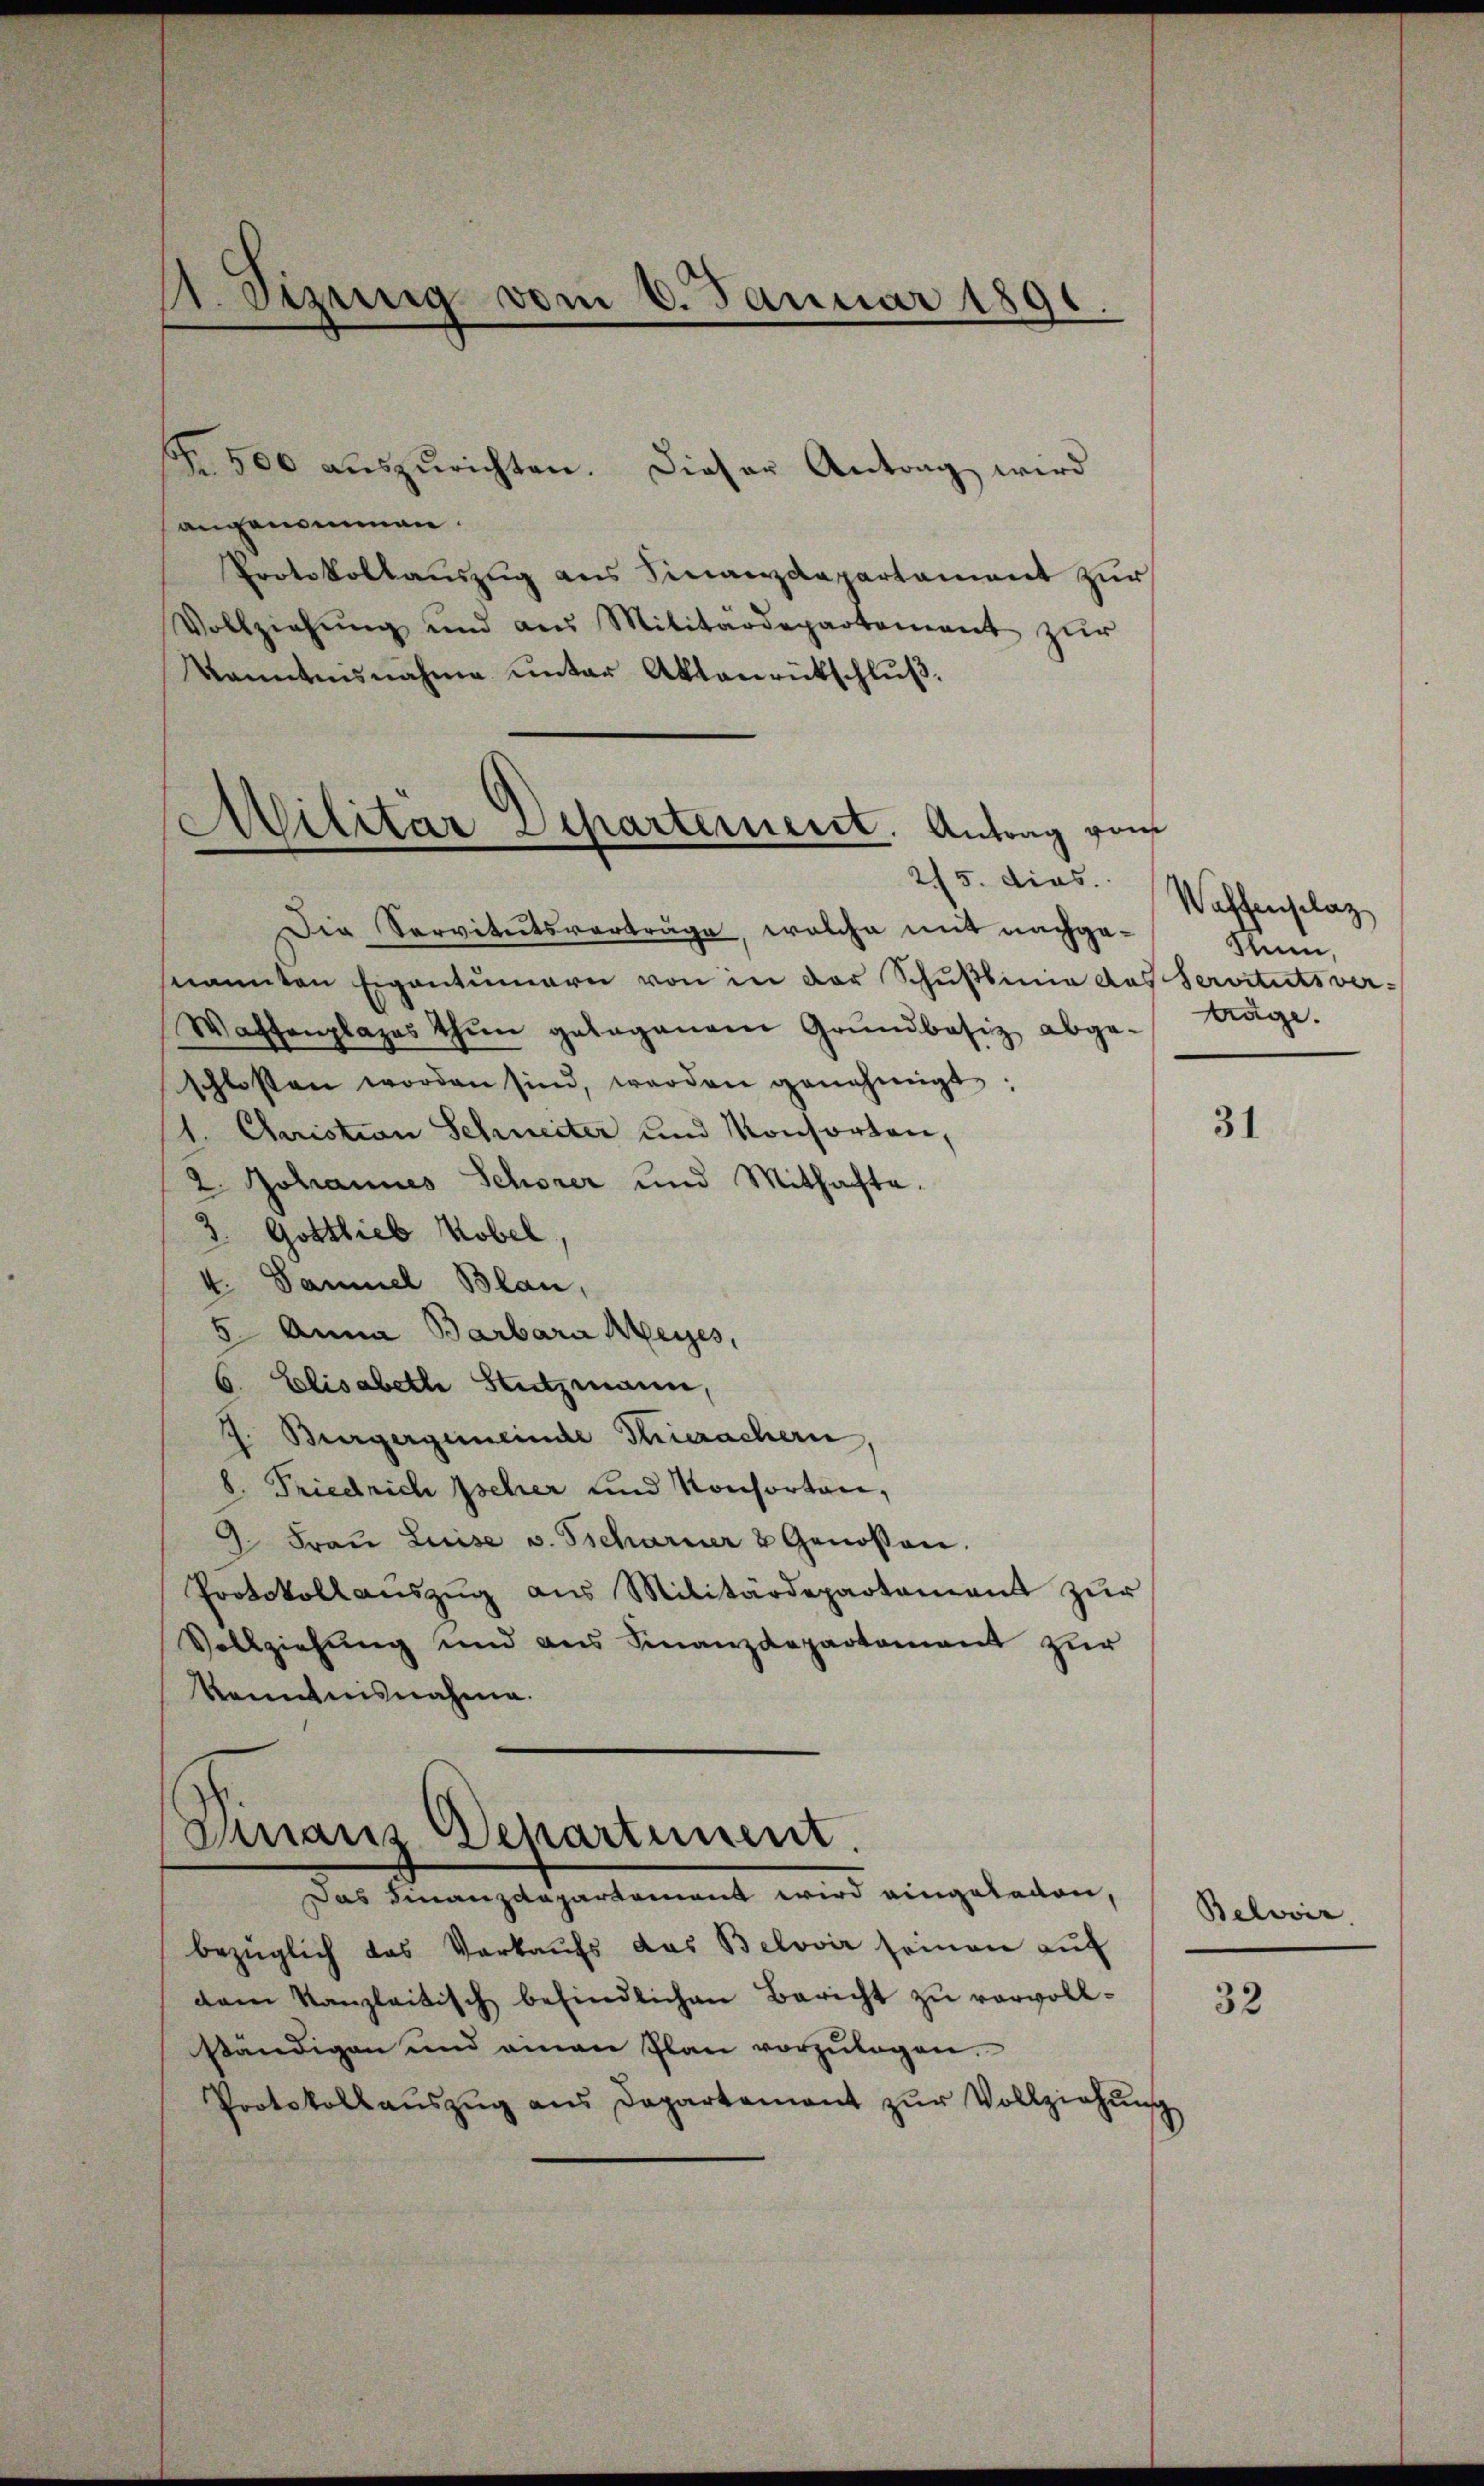
A. Sizung vom 8. Januar 1891.

R. 500 aŭszŭrichten. Dieser Antrag wird
angenommen.
Protokollauszug aus Finanzdepartament zur
Vollziehŭng und aus Militärdepartement zŭr
Kanntnisnahme unter Aktenrütschluß.

Militar Separtement. Antrag vom
215. dies

Die Servitutsverträge, welche mit nachgenannten Eigentümern von in der Schußbinie das Servituts ver-
Waffenplazes thun gelegenem Grŭndbesiz abge-
schlossen worden sind, werden genehmigt:
1. Christian Schneiter und Konsorten,
2. Johannes Schorer und Mithafte.
2.
Gottlieb Kobel
4. Samuel Blau,
5. Anna Barbara Meyes,
6. Elisabeth Stutzmann,
J. Bürgergemeinde Thierachern
8. Friedrich Ischer und Konsorten,
9 Fraŭ Luise v. Tscharner & Genossen.
Protokoll aŭszŭg aŭs Militärdepartament zŭr
Vollziehung und aus Finanzdepartement zur
Kenntnisnahme.
Dinaus Departement.
Das Finanzdepartement wird eingeladen,
bezüglich das Verkaufs das Belovir seinen aŭf
dam Kanzleitisch befindlichen Bericht zŭ vervoll-
ständigen und einen Plan vorzŭlagen.
Protokollaŭszŭg ans Departement zŭr Vollziehŭng

Waffenselaz
Thun,
träge.

31

Belwir

32